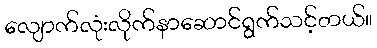
လျောက်လုံးလိုက်နာဆောင်ရွက်သင့်တယ်။